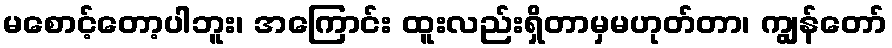
မစောင့်တော့ပါဘူး၊ အကြောင်း ထူးလည်းရှိတာမှမဟုတ်တာ၊ ကျွန်တော်